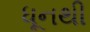
ધૂનથી